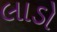
લાડો